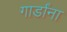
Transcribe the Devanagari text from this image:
गार्डांना